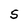
Character: 5